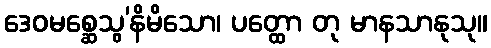
ဒေဝမစ္ဆေသွ’နိမိသော၊ ပတ္ထော တု မာနသာနုသု။